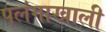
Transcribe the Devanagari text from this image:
पलंगाखाली